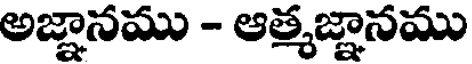
అజ్ఞానము - ఆత్మజ్ఞానము